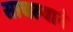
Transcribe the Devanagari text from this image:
साचल्याने